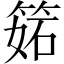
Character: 𥯉